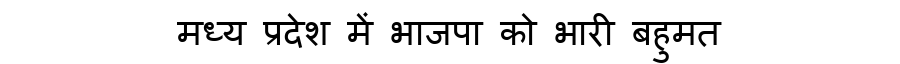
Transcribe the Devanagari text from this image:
मध्य प्रदेश में भाजपा को भारी बहुमत